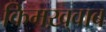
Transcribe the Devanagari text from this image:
किमख़्वाब